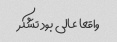
واقعا عالی بود تشکر